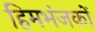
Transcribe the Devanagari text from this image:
हिमभंजकों